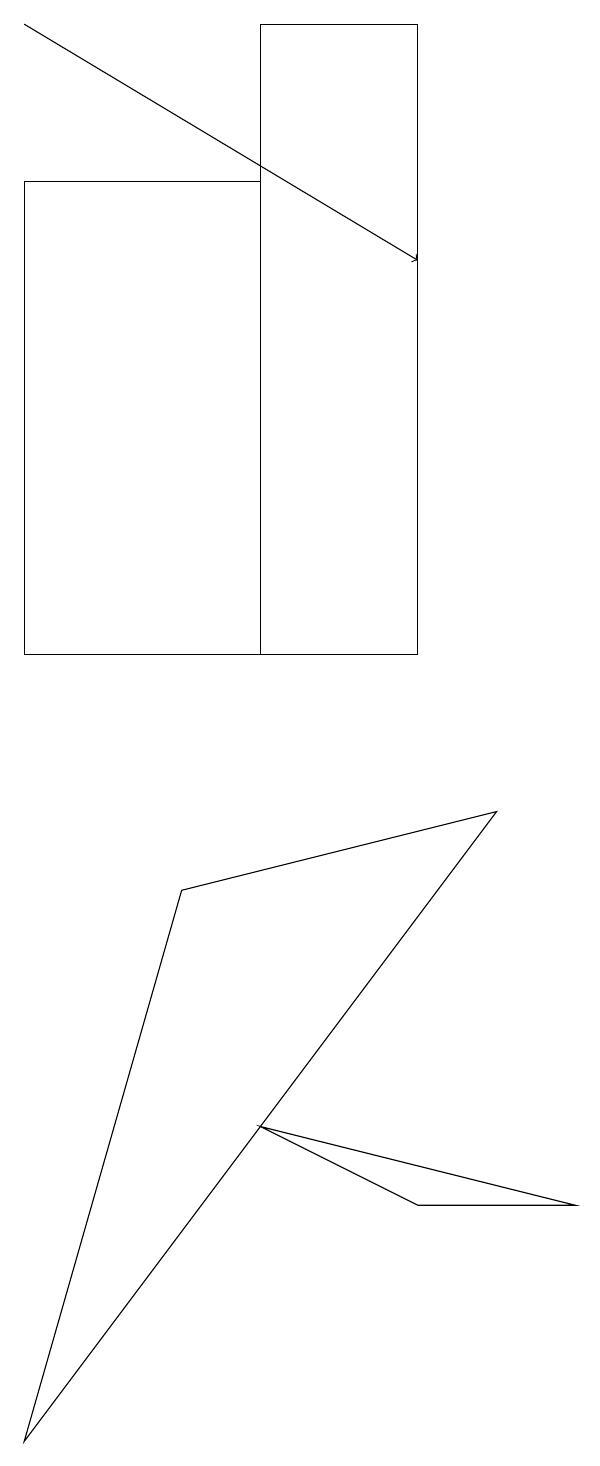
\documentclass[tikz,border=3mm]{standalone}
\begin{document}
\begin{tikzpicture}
\draw (7,11) rectangle (5,19);
\draw (7,13) rectangle (7,16);
\draw (7,4) -- (5,5) -- (9,4) -- cycle;
\draw[->] (2,19) -- (7,16);
\draw (5,17) rectangle (2,11);
\draw (2,1) -- (8,9) -- (4,8) -- cycle;
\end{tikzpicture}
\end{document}